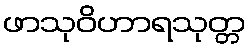
ဖာသုဝိဟာရသုတ္တ